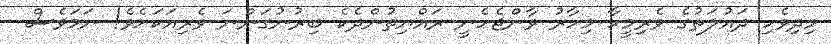
މިދިވެހި ދައުލަތުގެ ވެރިމީހާ މިހާރު ވާންޖެހެނީ ރައްޔިތުންދެކެ ބިރުނުގަންނަ ވެރިއަކަށެވެ! ނަމަވެސް